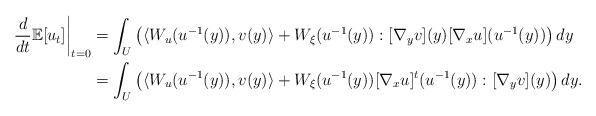
LaTeX: \begin{align*} \frac{d}{dt} \mathbb{E}[u_t] \bigg|_{t=0} &= \int_U \left( \langle W_u (u^{-1}(y)), v(y) \rangle + W_\xi (u^{-1}(y)) : [\nabla_y v](y) [\nabla_x u](u^{-1}(y)) \right) dy \\&= \int_U \left( \langle W_u (u^{-1}(y)), v(y) \rangle + W_\xi (u^{-1}(y)) [\nabla_x u]^t (u^{-1}(y)) : [\nabla_y v](y) \right) dy.\end{align*}